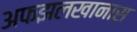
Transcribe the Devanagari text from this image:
अफझलखानास